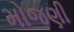
મોજણી